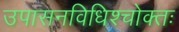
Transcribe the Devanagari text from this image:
उपासनविधिश्चोक्तः